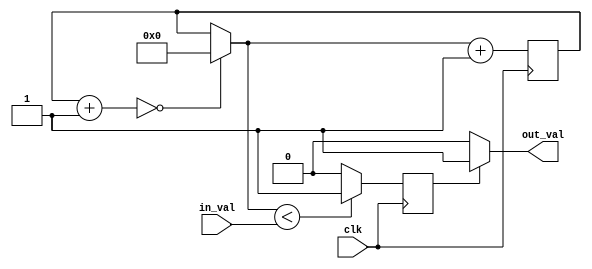
`timescale 1ns / 1ps
module generate_pwm(
	input [3:0]in_val,
	input clk,
	output out_val
    );
reg [3:0]val = 0;
reg [3:0]counter = 0;
reg flag = 1;
always @(posedge clk)
begin
	val = in_val;
	if(counter+4'b0001==4'b0000)
		counter = 0;
	flag = (counter<val)?1'b1:1'b0;
	counter = counter + 4'b0001;
end
assign out_val = (flag)?1'b1:1'b0;
endmodule